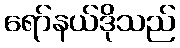
ရော်နယ်ဒိုသည်